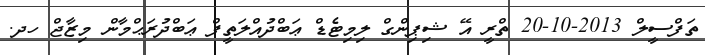
ތަފްސީލް 2013-10-20 ތްރީ އޭ ޝިޕިންގް ލިމިޓެޑް ޢަބްދުއްލަތީފް ޢަބްދުރަޙްމާން މިޒާޖް ހދ.